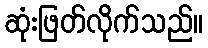
ဆုံးဖြတ်လိုက်သည်။